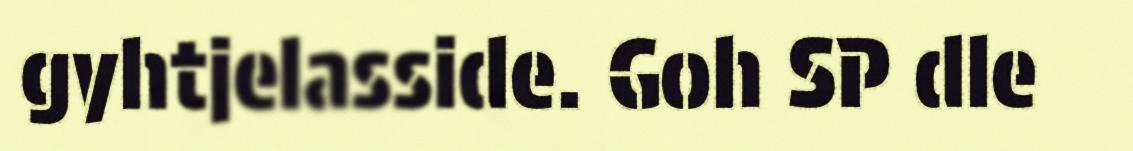
gyhtjelasside. Goh SP dle